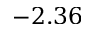
- 2 . 3 6